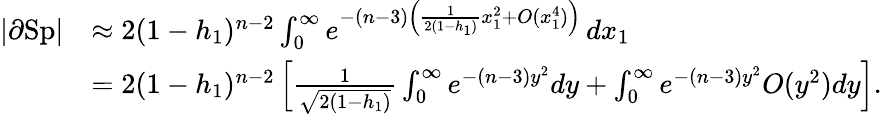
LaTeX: \begin{array}{rl}{|\partial\textup{Sp}|}&{\approx 2(1-h_{1})^{n-2}\int_{0}^{\infty}e^{-(n-3)\left(\frac 1{2(1-h_{1})}x_{1}^{2}+O(x_{1}^{4})\right)}\, dx_{1}}\\ &{=2(1-h_{1})^{n-2}\left[\frac 1{\sqrt{2(1-h_{1})}}\int_{0}^{\infty}e^{-(n-3)y^{2}}dy+\int_{0}^{\infty}e^{-(n-3)y^{2}}O(y^{2})dy\right].}\end{array}